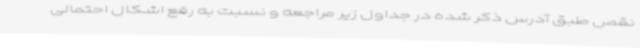
نقص طبق آدرس ذکر شده در جداول زیر مراجعه و نسبت به رفع اشکال احتمالی